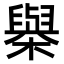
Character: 𣝑